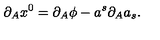
\partial _ { A } x ^ { 0 } = \partial _ { A } \phi - a ^ { s } \partial _ { A } a _ { s } .